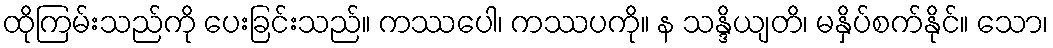
ထိုကြမ်းသည်ကို ပေးခြင်းသည်။ ကဿပေါ၊ ကဿပကို။ န သန္ဒိယျတိ၊ မနှိပ်စက်နိုင်။ သော၊